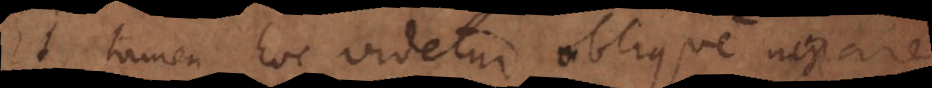
Et tamen hoc videtur oblique negare